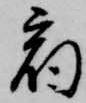
宿